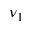
\nu _ { 1 }